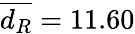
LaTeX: \overline{{d_{R}}}=11.60